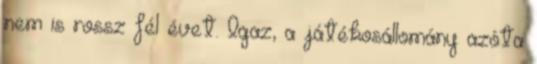
nem is rossz fél évet. Igaz, a játékosállomány azóta